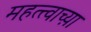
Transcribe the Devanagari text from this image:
महत्त्वाच्य़ा